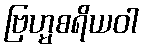
ဗြဟ္မစရိယဝါ